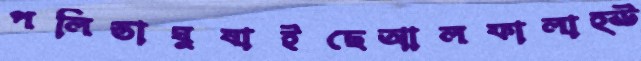
পলিস্তাঘুষাইছেআলফালাহ্ঊ